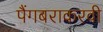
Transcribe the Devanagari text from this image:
पैंगबराकरवी